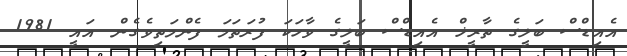
އެއިޑްސް ބަލީގެ ތާރީޚް އެއިޑްސް ބަލީގެ ވާހަކަ ފުރަތަމަ ފެންމަތިވެގެން އައީ 1981